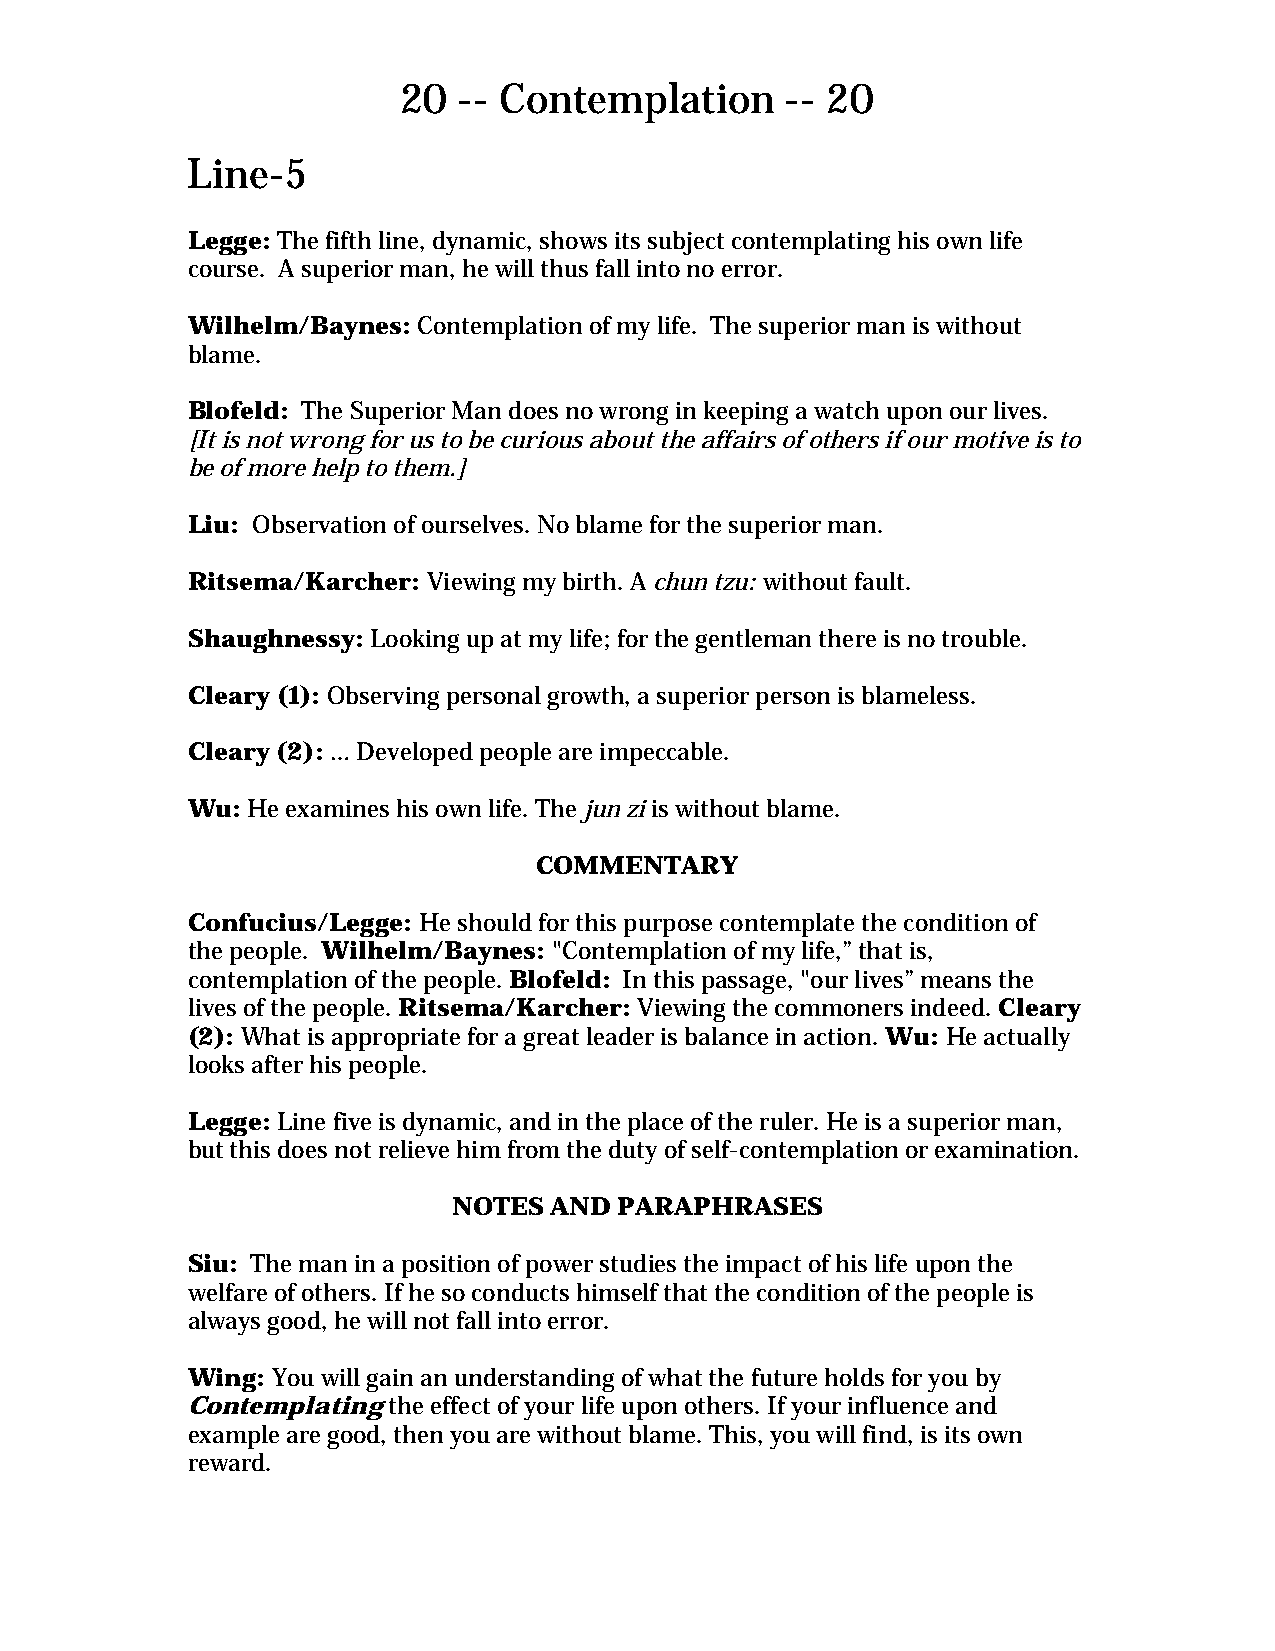
20  -- Contemplation      -- 20
 Line-5
 Legge: The fifth line, dynamic, shows its subject contemplating his own life
 course. A superior man, he will thus fall into no error.
 Wilhelm/Baynes: Contemplation of my life. The superior man is without
 blame.
 Blofeld: The Superior Man does no wrong in keeping a watch upon our lives.
 [It is not wrong for us to be curious about the affairs of others if our motive is to
 be of more help to them.]
 Liu: Observation of ourselves. No blame for the superior man.
 Ritsema/Karcher: Viewing my birth. A chun tzu: without fault.
 Shaughnessy: Looking up at my life; for the gentleman there is no trouble.
 Cleary (1): Observing personal growth, a superior person is blameless.
 Cleary (2): … Developed people are impeccable.
 Wu: He examines his own life. The jun zi is without blame.
 COMMENTARY
 Confucius/Legge: He should for this purpose contemplate the condition of
 the people. Wilhelm/Baynes: "Contemplation of my life,” that is,
 contemplation of the people. Blofeld: In this passage, "our lives” means the
 lives of the people. Ritsema/Karcher: Viewing the commoners indeed. Cleary
 (2): What is appropriate for a great leader is balance in action. Wu: He actually
 looks after his people.
 Legge: Line five is dynamic, and in the place of the ruler. He is a superior man,
 but this does not relieve him from the duty of self-contemplation or examination.
 NOTES AND  PARAPHRASES
 Siu: The man in a position of power studies the impact of his life upon the
 welfare of others. If he so conducts himself that the condition of the people is
 always good, he will not fall into error.
 Wing: You will gain an understanding of what the future holds for you by
 Contemplating the effect of your life upon others. If your influence and
 example are good, then you are without blame. This, you will find, is its own
 reward.